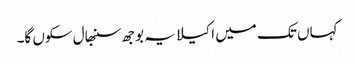
کہاں تک میں اکیلا یہ بوجھ سنبھال سکوں گا۔